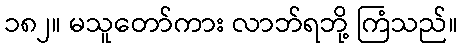
၁၈၂။ မသူတော်ကား လာဘ်ရဘို့ ကြံသည်။